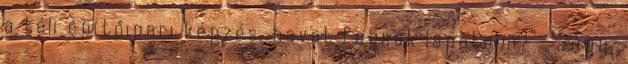
a téli építőipari képzés, havat fognak lapátolni?” „". úgy,